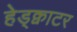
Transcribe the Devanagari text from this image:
हेड्क्वाटर